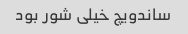
ساندویچ خیلی شور بود